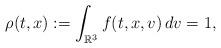
LaTeX: \begin{align*}\rho(t,x) := \int_{\mathbb{R}^3} f(t,x,v) \, dv = 1, \end{align*}